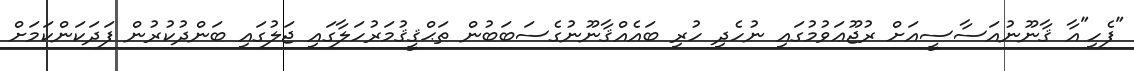
"ފެހި"އާ ޤާނޫނުއަސާސީއަށް ރުޖޫޢަވުމުގައި ނުހެދި ހުރި ބައެއްޤާނޫނުގެސަބަބުން ތަޙްޤީޤުމަރުހަލާގައި ޖަލުގައި ބަންދުކުރުން ފަދަކަންކަމަށް